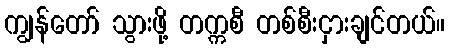
ကျွန်တော် သွားဖို့ တက္ကစီ တစ်စီးငှားချင်တယ်။